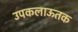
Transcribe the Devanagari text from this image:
उपकलाऊतक